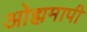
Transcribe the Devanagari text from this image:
ओह्ममापी